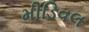
મીડિવલ